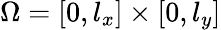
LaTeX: \Omega=\left[0,l_{x}\right]\times\left[0,l_{y}\right]